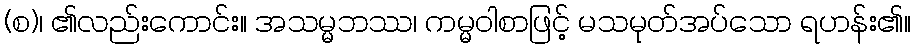
(စ)၊ ၏လည်းကောင်း။ အသမ္မဘဿ၊ ကမ္မဝါစာဖြင့် မသမုတ်အပ်သော ရဟန်း၏။